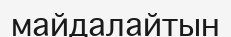
майдалайтын